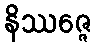
နိဿဇ္ဇေ